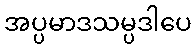
အပ္ပမာဒသမ္ပဒါပေ